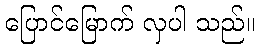
ပြောင်မြောက် လှပါ သည်။